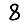
Digit: 8